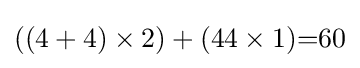
((4+4)\times 2)+(44\times 1){=}60